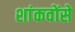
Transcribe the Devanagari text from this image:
शांकवोंसे